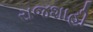
રાજશાહી